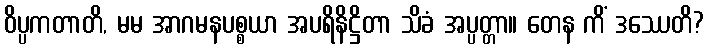
ဝိပ္ပကတာတိ, မမ အာဂမနပစ္စယာ အပရိနိဋ္ဌိတာ သိခံ အပ္ပတ္တာ။ တေန ကိံ ဒဿေတိ?